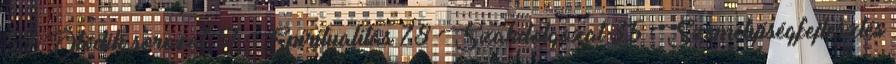
59 Ötödik sorozat 51 Spiritualitás 78 Szakdolgozat 35 Személyiségfejlesztés